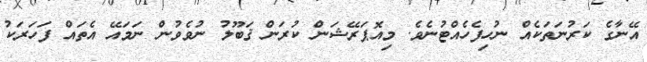
އޭނާގެ ކަރުނަތަކެއް ނުހިފެހެއްޓުނެވެ. މިއޮޕަރޭޝަން ކުރަން ޤަބޫލު ނުވެވުން ނަމައޭ އެތައް ފަހަރަކު